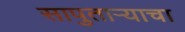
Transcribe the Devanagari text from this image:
सापुताऱ्याचा